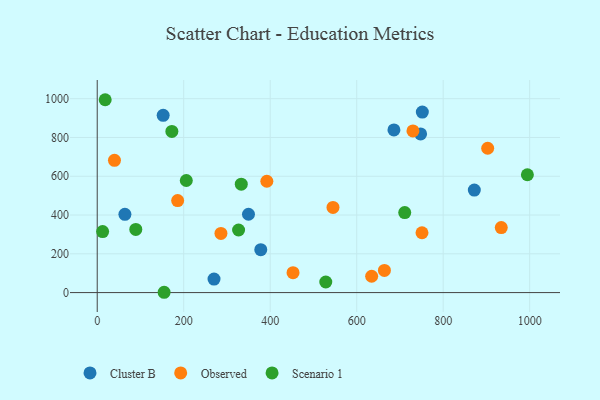
{"axis": {"x": "Experience", "y": "Salary"}, "legend": ["Cluster B", "Observed", "Scenario 1"], "data": [{"x": "349.8", "y": 403.9, "type": "Cluster B"}, {"x": "747.8", "y": 818.1, "type": "Cluster B"}, {"x": "378.2", "y": 221.1, "type": "Cluster B"}, {"x": "270.1", "y": 69.7, "type": "Cluster B"}, {"x": "751.8", "y": 931.0, "type": "Cluster B"}, {"x": "64.0", "y": 403.5, "type": "Cluster B"}, {"x": "686.1", "y": 839.1, "type": "Cluster B"}, {"x": "872.0", "y": 528.7, "type": "Cluster B"}, {"x": "152.5", "y": 914.4, "type": "Cluster B"}, {"x": "902.9", "y": 744.4, "type": "Observed"}, {"x": "286.1", "y": 304.9, "type": "Observed"}, {"x": "664.1", "y": 114.1, "type": "Observed"}, {"x": "634.6", "y": 84.3, "type": "Observed"}, {"x": "730.1", "y": 833.7, "type": "Observed"}, {"x": "452.8", "y": 102.6, "type": "Observed"}, {"x": "545.2", "y": 439.3, "type": "Observed"}, {"x": "39.9", "y": 682.1, "type": "Observed"}, {"x": "392.2", "y": 574.1, "type": "Observed"}, {"x": "751.0", "y": 308.6, "type": "Observed"}, {"x": "934.3", "y": 335.5, "type": "Observed"}, {"x": "186.0", "y": 474.4, "type": "Observed"}, {"x": "172.6", "y": 830.9, "type": "Scenario 1"}, {"x": "333.1", "y": 559.3, "type": "Scenario 1"}, {"x": "154.7", "y": 1.6, "type": "Scenario 1"}, {"x": "711.1", "y": 412.6, "type": "Scenario 1"}, {"x": "12.5", "y": 314.5, "type": "Scenario 1"}, {"x": "326.9", "y": 322.8, "type": "Scenario 1"}, {"x": "528.5", "y": 54.7, "type": "Scenario 1"}, {"x": "206.0", "y": 578.1, "type": "Scenario 1"}, {"x": "18.4", "y": 994.6, "type": "Scenario 1"}, {"x": "89.2", "y": 325.9, "type": "Scenario 1"}, {"x": "994.7", "y": 607.6, "type": "Scenario 1"}]}